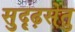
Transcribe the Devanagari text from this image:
सुदृढ़सेतु